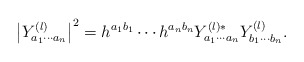
\begin{align*}\left| Y^{(l)}_{a_1 \cdots a_n} \right|^2 = h^{a_1b_1} \cdots h^{a_nb_n} Y^{(l)*}_{a_1 \cdots a_n} Y^{(l)}_{b_1 \cdots b_n}.\end{align*}